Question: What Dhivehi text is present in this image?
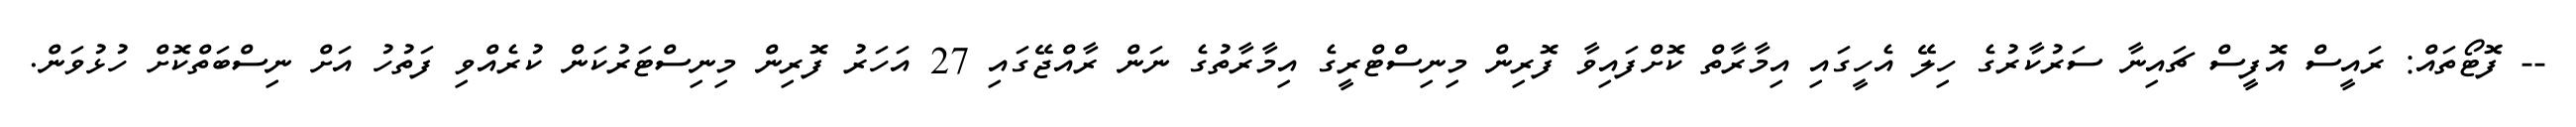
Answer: -- ފޮޓޯތައް: ރައީސް އޮފީސް ޗައިނާ ސަރުކާރުގެ ހިލޭ އެހީގައި އިމާރާތް ކޮށްފައިވާ ފޮރިން މިނިސްޓްރީގެ އިމާރާތުގެ ނަން ރާއްޖޭގައި 27 އަހަރު ފޮރިން މިނިސްޓަރުކަން ކުރެއްވި ފަތުހު އަށް ނިސްބަތްކޮށް ހުޅުވަން.